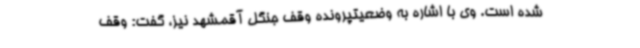
شده است. وی با اشاره به وضعیتپرونده وقف جنگل آقمشهد نیز، گفت: وقف